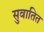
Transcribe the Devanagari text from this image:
सुवातित